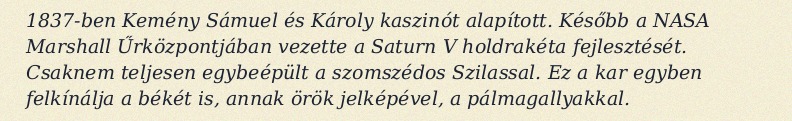
1837-ben Kemény Sámuel és Károly kaszinót alapított. Később a NASA Marshall Űrközpontjában vezette a Saturn V holdrakéta fejlesztését. Csaknem teljesen egybeépült a szomszédos Szilassal. Ez a kar egyben felkínálja a békét is, annak örök jelképével, a pálmagallyakkal.